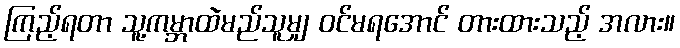
ကြည့်ရတာ သူ့ကမ္ဘာထဲမည်သူမျှ ဝင်မရအောင် တားထားသည့် အလား။